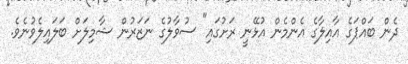
ދެން ބައްޕަގެ އާއިލާގެ އެންމެން އުޅޭނީ ރަށުގައި" ސުވާލުގެ ނަޒަރުން ޝާމިލަށް ބަލައިލެވުނެވެ.